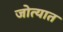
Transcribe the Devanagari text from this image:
जोत्यात